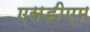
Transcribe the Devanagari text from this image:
एसडीएम